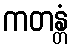
ကတန္တံ